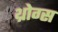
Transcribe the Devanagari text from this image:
थ्रोग्स